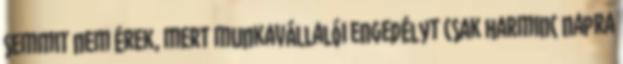
semmit nem érek, mert munkavállalói engedélyt csak harminc napra